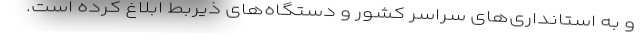
و به استانداری‌های سراسر کشور و دستگاه‌های ذیربط ابلاغ کرده است.